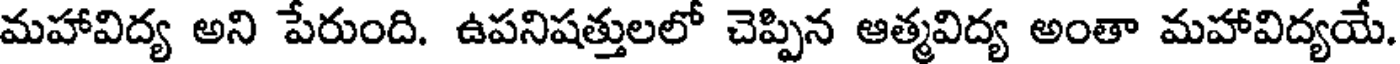
మహావిద్య అని పేరుంది. ఉపనిషత్తులలో చెప్పిన ఆత్మవిద్య అంతా మహావిద్యయే.